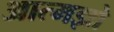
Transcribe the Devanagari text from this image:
आत्मज्ञो